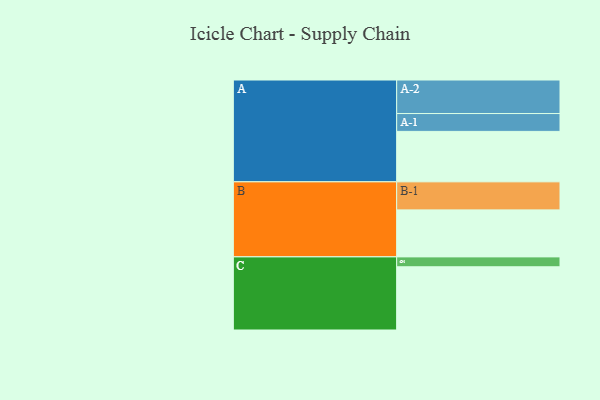
{"axis": {"x": "Segment", "y": "Value"}, "legend": ["", "A", "B", "C"], "data": [{"x": "A", "y": 367, "type": ""}, {"x": "B", "y": 342, "type": ""}, {"x": "C", "y": 460, "type": ""}, {"x": "A-1", "y": 130, "type": "A"}, {"x": "A-2", "y": 244, "type": "A"}, {"x": "B-1", "y": 204, "type": "B"}, {"x": "C-1", "y": 72, "type": "C"}]}